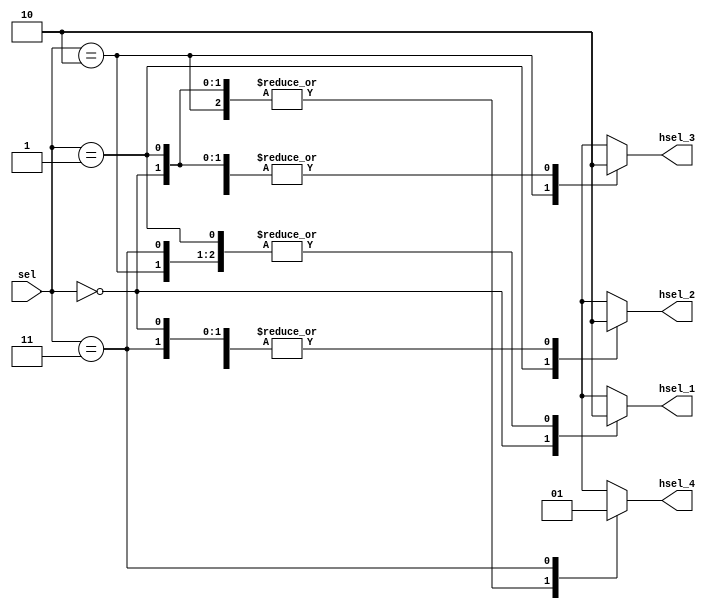
`timescale 1ns / 1ps
//////////////////////////////////////////////////////////////////////////////////
// Company: 
// Engineer: 
// 
// Design Name: 
// Module Name: decoder
// Project Name: 
// Target Devices: 
// Tool Versions: 
// Description: 
// 
// Dependencies: 
// 
// Revision:
// Revision 0.01 - File Created
// Additional Comments:
// 
//////////////////////////////////////////////////////////////////////////////////


//-------------------------------------------------------------------------
// Module Name: Decoder
// The decoder for ahb system with 4 slave
// Project Group : 3 
// Members       : Amrutha, Hardeep, Sai Nagesh, Sanjay 
// Institute     : GSKSJTI 
//-------------------------------------------------------------------------
// Basic features about read and write
// New features: wait state, burst
//-------------------------------------------------------------------------


module decoder(
  input [1:0] sel,
  output reg hsel_1,
  output reg hsel_2,
  output reg hsel_3,
  output reg hsel_4
);

always @(*) begin
  case(sel)
    2'b00: begin
      hsel_1 = 1'b1;
      hsel_2 = 1'b0;
      hsel_3 = 1'b0;
      hsel_4 = 1'b0;
    end
    2'b01: begin
      hsel_1 = 1'b0;
      hsel_2 = 1'b1;
      hsel_3 = 1'b0;
      hsel_4 = 1'b0;
    end
    2'b10: begin
      hsel_1 = 1'b0;
      hsel_2 = 1'b0;
      hsel_3 = 1'b1;
      hsel_4 = 1'b0;
    end
    2'b11: begin
      hsel_1 = 1'b0;
      hsel_2 = 1'b0;
      hsel_3 = 1'b0;
      hsel_4 = 1'b1;
    end
    default: begin
      hsel_1 = 1'b0;
      hsel_2 = 1'b0;
      hsel_3 = 1'b0;
      hsel_4 = 1'b0;
    end
  endcase
end


endmodule